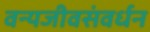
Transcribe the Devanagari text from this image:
वन्यजीवसंवर्धन